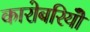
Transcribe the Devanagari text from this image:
कारोबरियोँ